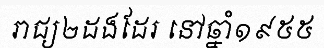
រាជ្យ២ដងដែរ នៅឆ្នាំ១៩៥៥